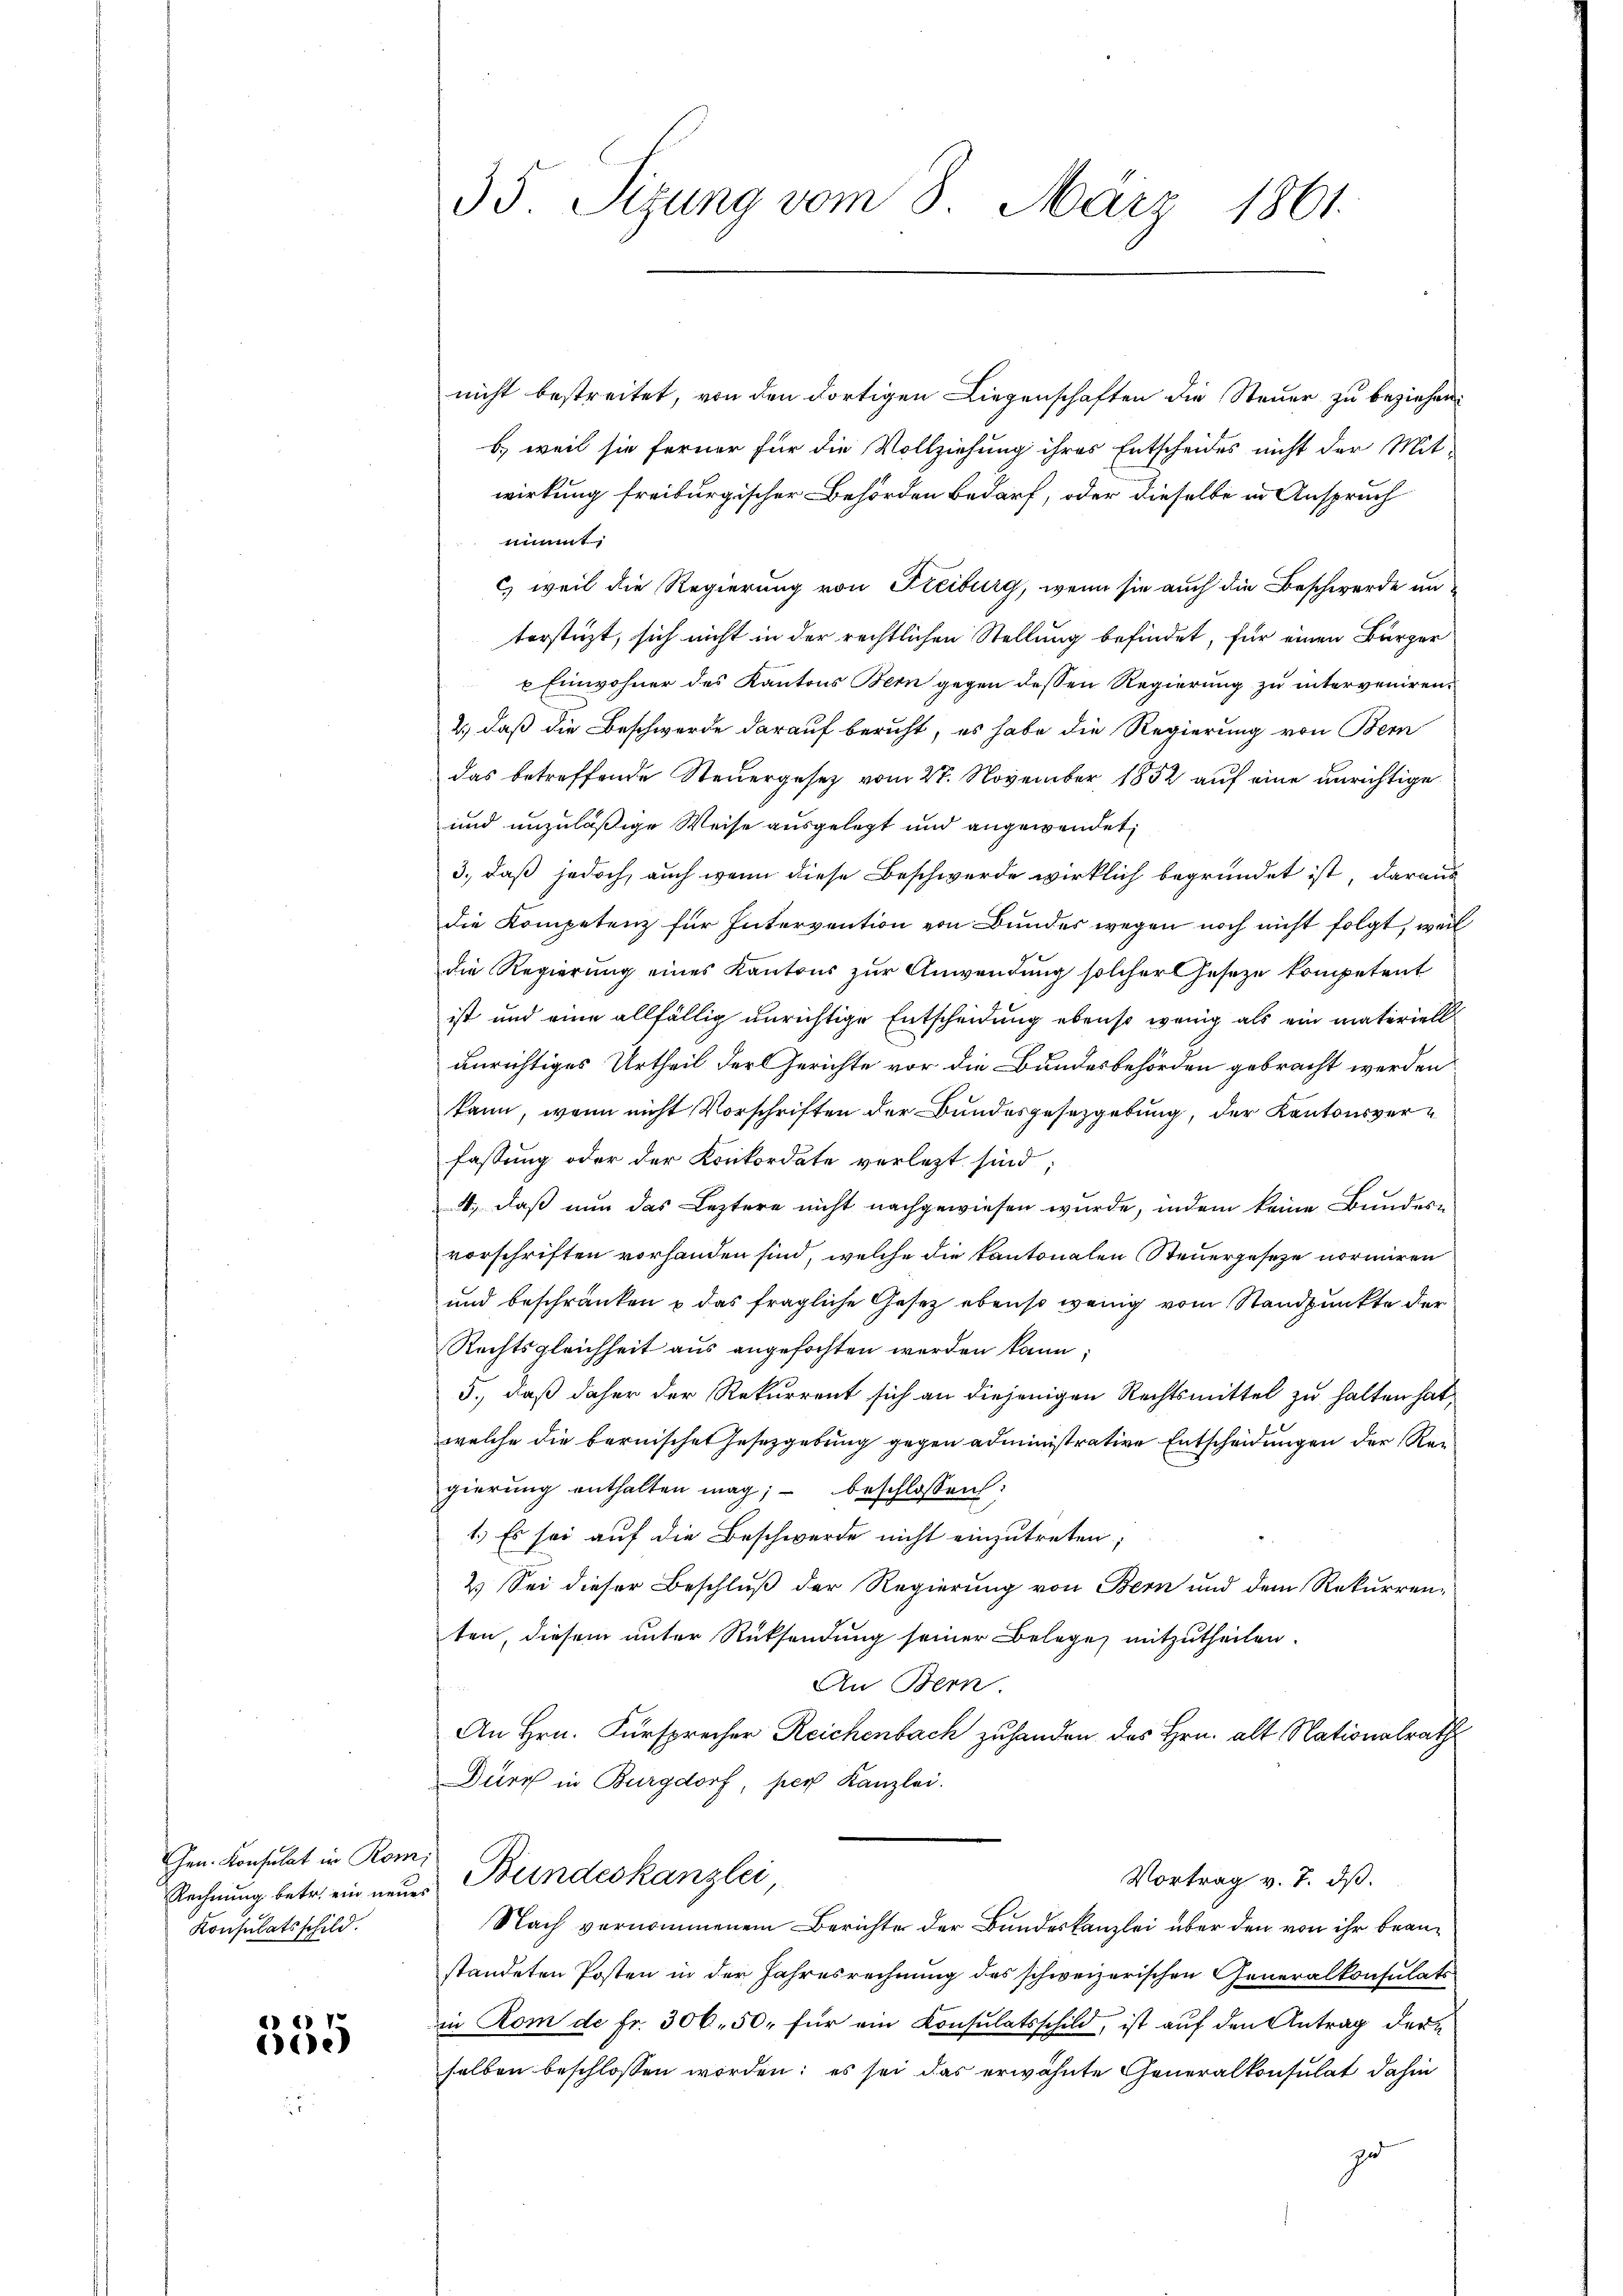
Hrn. Konsulat in Romi
Rechnung betr. ein neues
Konsulatsschild.

6)
Bee

35 Sizung vom 8. März 1861.

nicht bestreitet, von den dortigen Liegenschaften die Steuer zu beziehen.
b) weil sie ferner für die Vollziehung ihres Entscheides nicht der Mit-
wirkung freiburgischer Behörden bedarf, oder dieselbe in Anspruch
nimmt:
c) weil die Regierung von Freiburg, wenn sie auch die Beschwerde un
terstüzt, sich nicht in der rechtlichen Stellung befindet, für einen Bürger
" Einwohner des Kantons Bern gegen dessen Regierung zu interveniren.
2.) daß die Beschwerde darauf beruht, es habe die Regierung von Bern
das betreffende Steuergesetz vom 27. November 1852 auf eine unrichtige
und unzuläßige Weise ausgelegt und angewendet,
3., daß jedoch, auch wenn diese Beschwerde wirklich begründet ist, daraus
die Kompetenz für Intervention von Bundes wegen noch nicht folgt, weil
die Regierung eines Kantons zur Anwendung solcher Geseze kompetent
ist und eine allfällig unrichtige Entscheidung ebenso wenig als ein materiell
unrichtiges Urtheil der Gerichte vor die Bundesbehörden gebracht werden
kann, wenn nicht Vorschriften der Bundesgesetzgebung, der Kantonsverfassung oder der Konkordate verletzt sind
4, daß nun das Leztere nicht nachgewiesen wurde, indem keine Bundesvorschriften vorhanden sind, welche die Kantonalen Steuergeseze normiren
und beschränken & das fragliche Gesetz ebenso wenig vom Standpunkte der
Rechtsgleichheit aus angefochten werden kann;
5., daß daher der Rekurrent sich an diejenigen Rechtsmittel zu halten hat,
welche die bernische Gesetzgebung gegen administrative Entscheidungen der Regierung enthalten mag; - beschlossen:
1.) Es sei auf die Beschwerde nicht einzutreten;
2.) Sei dieser Beschluß der Regierung von Bern und dem Rekurren-
ten, diesem unter Rücksendung seiner Belege mitzutheilen.
An Bern.
An Hrn. Fürsprecher Reichenbach zuhanden des Hrn. alt Nationalrath
Durch in Burgdorf, per Kanzlei.
Bundeskanzlei
Vortrag v. 7. ds.
Nach vernommenem Berichte der Bundeskanzlei über den von ihr braustandeten Posten in der Jahresrechnung des schweizerischen Generalkonsulats
in Rom de fr. 306. 50. für ein Konsulatsschild, ist auf den Antrag der
selben beschlossen worden; es sei das erwähnte Generalkonsulat dahin
zu